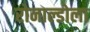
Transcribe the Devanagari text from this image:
रोनाल्डोला